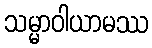
သမ္မာဝါယာမဿ